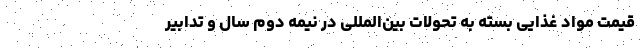
قیمت مواد غذایی بسته به تحولات بین‌المللی در نیمه دوم سال و تدابیر